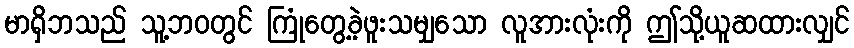
မာရှိဘသည် သူ့ဘဝတွင် ကြုံတွေ့ခဲ့ဖူးသမျှသော လူအားလုံးကို ဤသို့ယူဆထားလျှင်